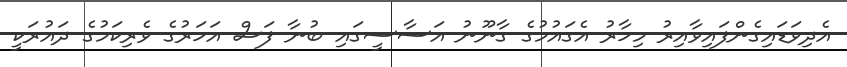
އެދިވަޑައިގެންފައިވާއިރު މިހާރު އެގައުމުގެ ގާނޫނު އަސާސީގައި ބުނާ ފަސް އަހަރުގެ ވެރިކަމުގެ ދައުރަކީ